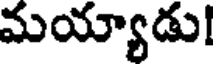
మయ్యాడు!